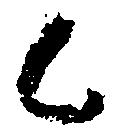
候